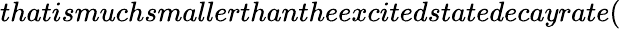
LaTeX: thatismuchsmallerthantheexcitedstatedecayrate(